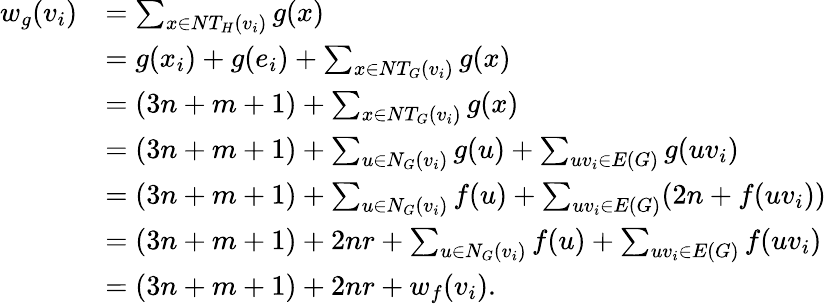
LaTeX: \begin{array}{rl}{w_{g}(v_{i})}&{=\sum_{x\in NT_{H}(v_{i})}g(x)}\\ &{=g(x_{i})+g(e_{i})+\sum_{x\in NT_{G}(v_{i})}g(x)}\\ &{=(3n+m+1)+\sum_{x\in NT_{G}(v_{i})}g(x)}\\ &{=(3n+m+1)+\sum_{u\in N_{G}(v_{i})}g(u)+\sum_{uv_{i}\in E(G)}g(uv_{i})}\\ &{=(3n+m+1)+\sum_{u\in N_{G}(v_{i})}f(u)+\sum_{uv_{i}\in E(G)}(2n+f(uv_{i}))}\\ &{=(3n+m+1)+2nr+\sum_{u\in N_{G}(v_{i})}f(u)+\sum_{uv_{i}\in E(G)}f(uv_{i})}\\ &{=(3n+m+1)+2nr+w_{f}(v_{i}).}\end{array}